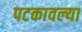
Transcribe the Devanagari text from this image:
पटकावल्या